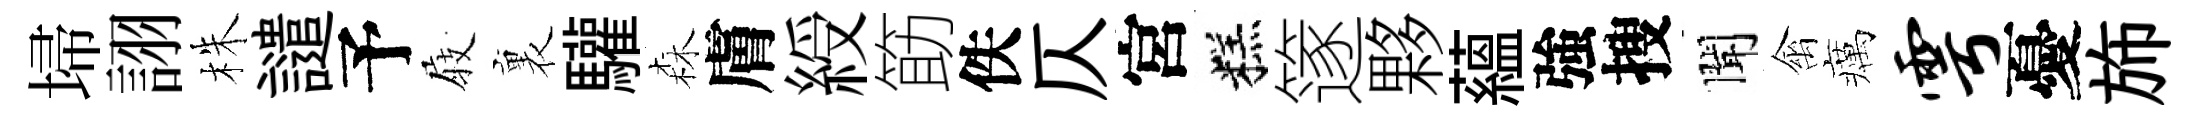
埽詡株譴予𡲆裏驩森膚綬筯佚仄宮糕篴夥蘊強搜聞禽癘雩憂斾